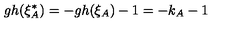
g h ( \xi _ { A } ^ { * } ) = - g h ( \xi _ { A } ) - 1 = - k _ { A } - 1